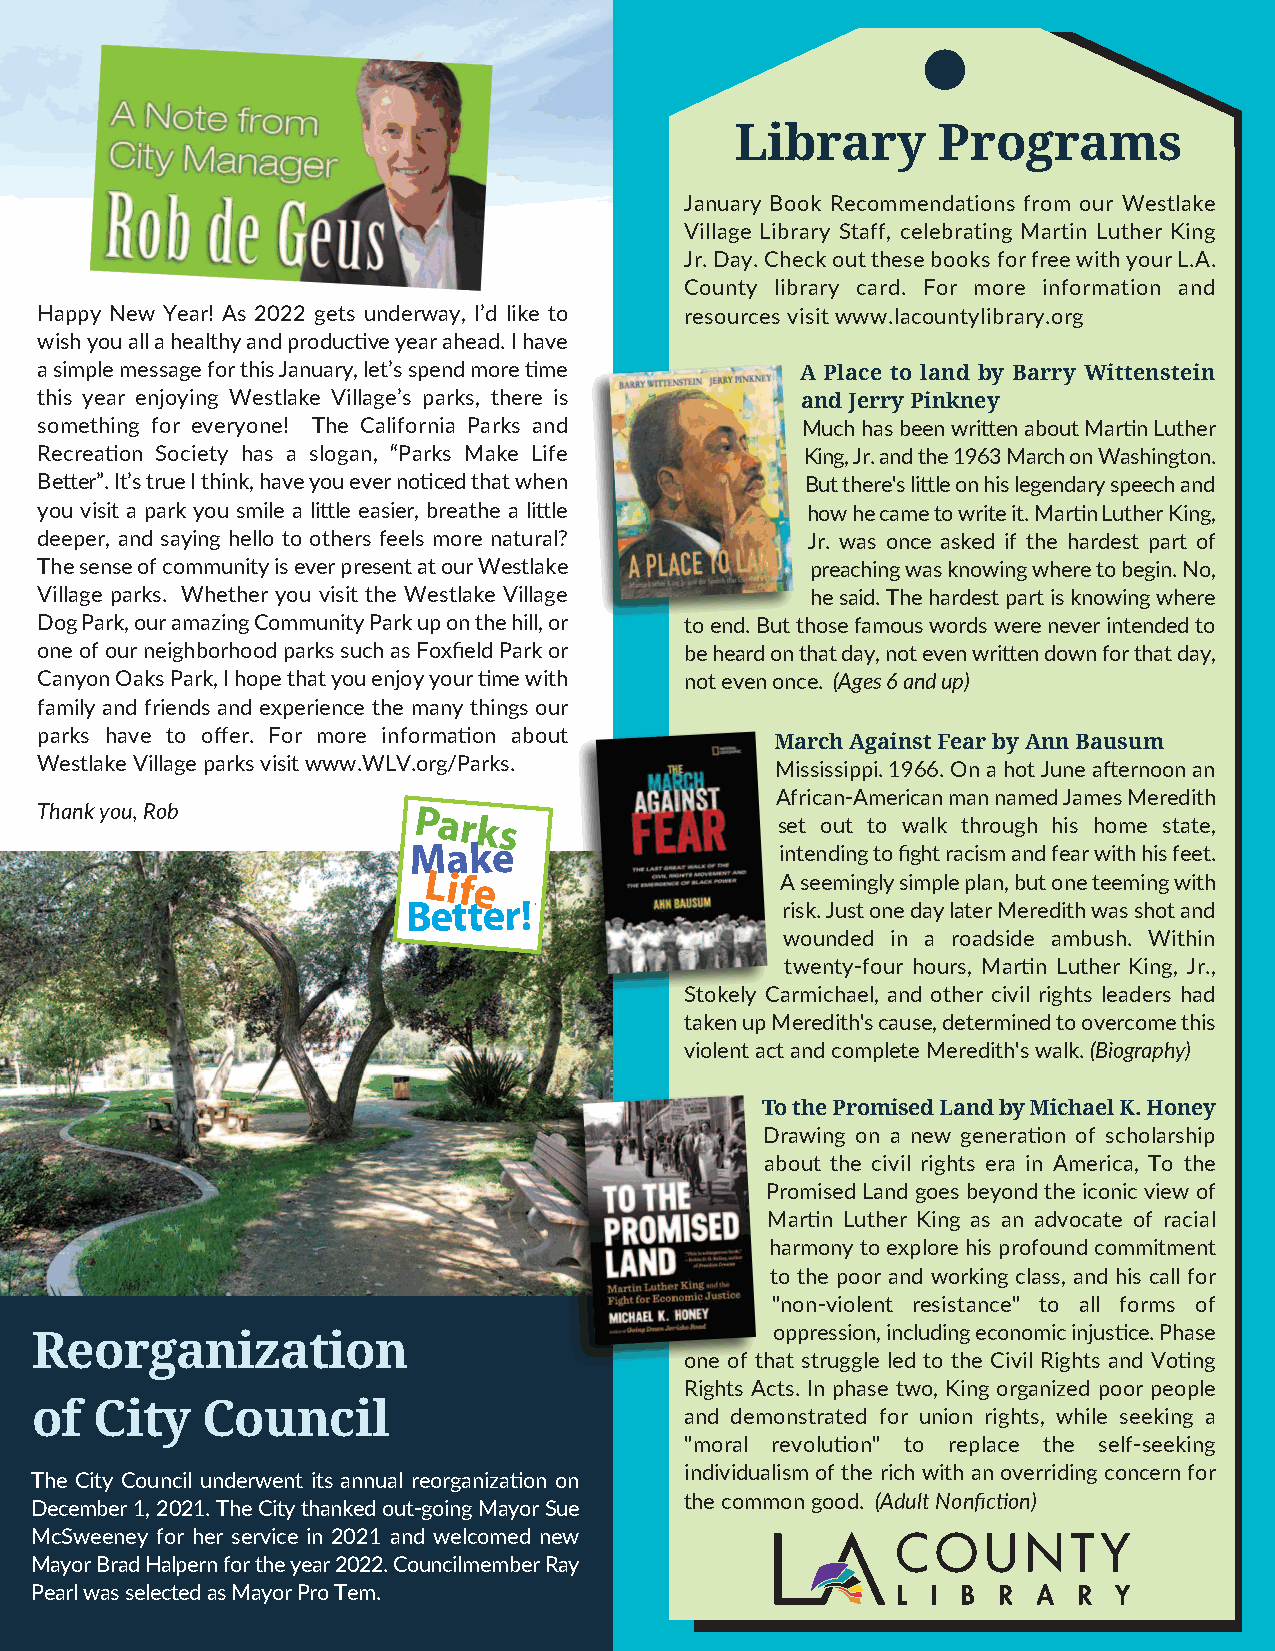
Library      Programs
 January Book Recommendations from our Westlake
 Village Library Staff, celebrating Martin Luther King
 Jr. Day. Check out these books for free with your L.A.
 County library card. For more information and
 Happy New Year! As 2022 gets underway, I’d like to resources visit www.lacountylibrary.org
 wish you all a healthy and productive year ahead. I have
 a simple message for this January, let’s spend more time A Place to land by Barry Wittenstein
 this year enjoying Westlake Village’s parks, there is and Jerry Pinkney
 something for everyone! The California Parks and   Much has been written about Martin Luther
 Recreation Society has a slogan, “Parks Make Life  King, Jr. and the 1963 March on Washington.
 Better”. It’s true I think, have you ever noticed that when But there's little on his legendary speech and
 you visit a park you smile a little easier, breathe a little how he came to write it. Martin Luther King,
 deeper, and saying hello to others feels more natural? Jr. was once asked if the hardest part of
 The sense of community is ever present at our Westlake preaching was knowing where to begin. No,
 Village parks. Whether you visit the Westlake Village he said. The hardest part is knowing where
 Dog Park, our amazing Community Park up on the hill, or to end. But those famous words were never intended to
 one of our neighborhood parks such as Foxfield Park or be heard on that day, not even written down for that day,
 Canyon Oaks Park, I hope that you enjoy your time with not even once. (Ages 6 and up)
 family and friends and experience the many things our
 parks have to offer. For more information about
 March Against Fear by Ann Bausum
 Westlake Village parks visit www.WLV.org/Parks.  Mississippi. 1966. On a hot June afternoon an
 African­American man named James Meredith
 Thank you, Rob
 set out to walk through his home state,
 intending to fight racism and fear with his feet.
 A seemingly simple plan, but one teeming with
 risk. Just one day later Meredith was shot and
 wounded in a roadside ambush. Within
 twenty­four hours, Martin Luther King, Jr.,
 Stokely Carmichael, and other civil rights leaders had
 taken up Meredith's cause, determined to overcome this
 violent act and complete Meredith's walk. (Biography)
 To the Promised Land by Michael K. Honey
 Drawing on a new generation of scholarship
 about the civil rights era in America, To the
 Promised Land goes beyond the iconic view of
 Martin Luther King as an advocate of racial
 harmony to explore his profound commitment
 to the poor and working class, and his call for
 "non­violent resistance" to all forms of
 oppression, including economic injustice. Phase
 Reorganization
 one of that struggle led to the Civil Rights and Voting
 Rights Acts. In phase two, King organized poor people
 of  City   Council
 and demonstrated for union rights, while seeking a
 "moral revolution" to replace the self­seeking
 individualism of the rich with an overriding concern for
 The City Council underwent its annual reorganization on
 the common good. (Adult Nonfiction)
 December 1, 2021. The City thanked out­going Mayor Sue
 McSweeney for her service in 2021 and welcomed new
 Mayor Brad Halpern for the year 2022. Councilmember Ray
 Pearl was selected as Mayor Pro Tem.